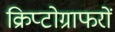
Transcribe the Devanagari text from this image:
क्रिप्टोग्राफरों